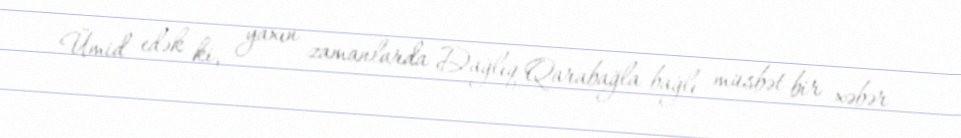
Ümid edək ki, yaxın zamanlarda Dağlıq Qarabağla bağlı müsbət bir xəbər